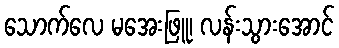
သောက်လေ မအေးဖြူ၊ လန်းသွားအောင်